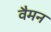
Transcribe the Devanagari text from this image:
वैमन